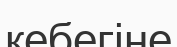
кебегіне